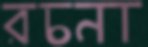
রচনা